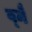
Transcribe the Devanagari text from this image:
व्मैं